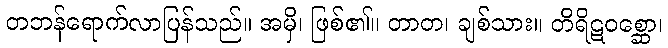
တဘန်ရောက်လာပြန်သည်။ အမှိ၊ ဖြစ်၏။ တာတ၊ ချစ်သား။ တိရိဋဝစ္ဆော၊